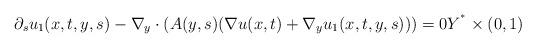
LaTeX: \begin{align*}\partial _{s}u_{1}(x,t,y,s)-\nabla _{y}\cdot (A(y,s)(\nabla u(x,t)+\nabla_{y}u_{1}(x,t,y,s)))=0Y^{^{\ast }}\times (0,1)\end{align*}